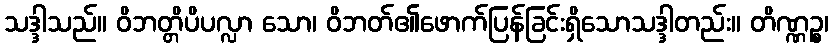
သဒ္ဒါသည်။ ဝိဘတ္တိပိပလ္လာ သော၊ ဝိဘတ်၏ဖောက်ပြန်ခြင်းရှိသောသဒ္ဒါတည်း။ တိဏ္ဏဉ္စ၊